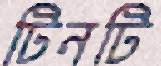
টিনটি